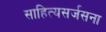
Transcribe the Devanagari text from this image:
साहित्यसर्जसना